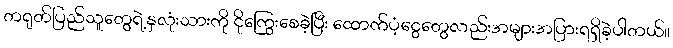
တရုတ်ပြည်သူတွေရဲ့နှလုံးသားကို ငိုကြွေးစေခဲ့ပြီး ထောက်ပံ့ငွေတွေလည်းအများအပြားရရှိခဲ့ပါတယ်။